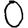
Digit: 0